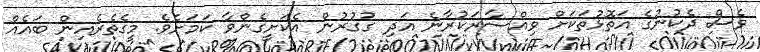
ވެސް ދެކުނުގެ އަތޮޅުތަކަށް ވިއްސާރަކުރާނެ އަދި ގުުގުރުން އެކަށީގެންވާ ކަމަށެވެ. މީގެތެރެއިން ބައެއް